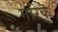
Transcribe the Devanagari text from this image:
गरिकॆ